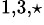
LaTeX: ^{1,3,\star}